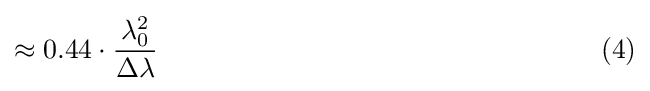
\approx 0.44\cdot {\frac {\lambda _{0}^{2}}{\Delta \lambda }}\qquad \qquad \qquad \qquad \qquad \qquad \qquad \qquad (4)